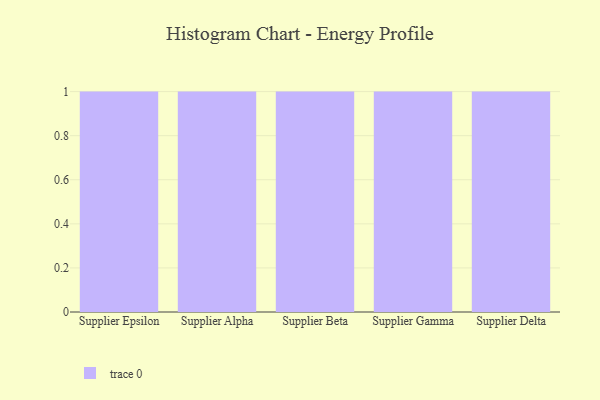
{"axis": {"x": "Supplier", "y": "Temperature (°C)"}, "legend": [""], "data": [{"x": "Supplier Epsilon", "y": 61, "type": ""}, {"x": "Supplier Alpha", "y": 83, "type": ""}, {"x": "Supplier Beta", "y": 37, "type": ""}, {"x": "Supplier Gamma", "y": 8, "type": ""}, {"x": "Supplier Delta", "y": 9, "type": ""}]}